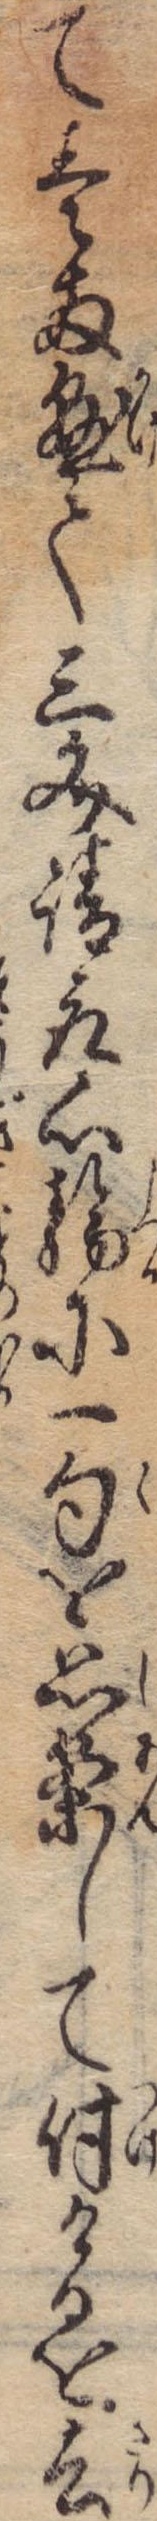
て壱両懸て三文請取心静に一句を思案して付けるを去